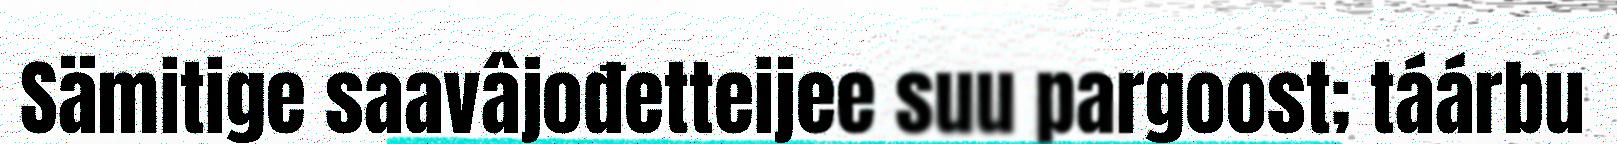
Sämitige saavâjođetteijee suu pargoost; táárbu